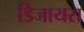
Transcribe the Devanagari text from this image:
डिजायरा